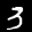
Label: 3